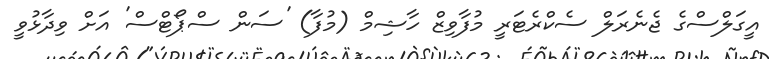
އީގަލްސްގެ ޖެނެރަލް ސެކްރެޓަރީ މުފާވިޒް ހާޝިމް (މުފާ) 'ސަން ސްޕޯޓްސް' އަށް ވިދާޅުވީ